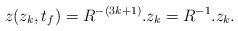
LaTeX: \begin{align*}z(z_k,t_f) = R^{-(3k+1)}.z_k = R^{-1}.z_k.\end{align*}